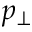
p _ { \perp }